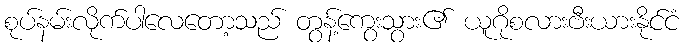
စုပ်နမ်းလိုက်ပါလေတော့သည် တွန့်ကွေးသွား၏ ယူဂိုစလားဗီးယားနိုင်ငံ